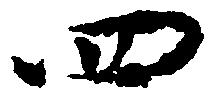
四